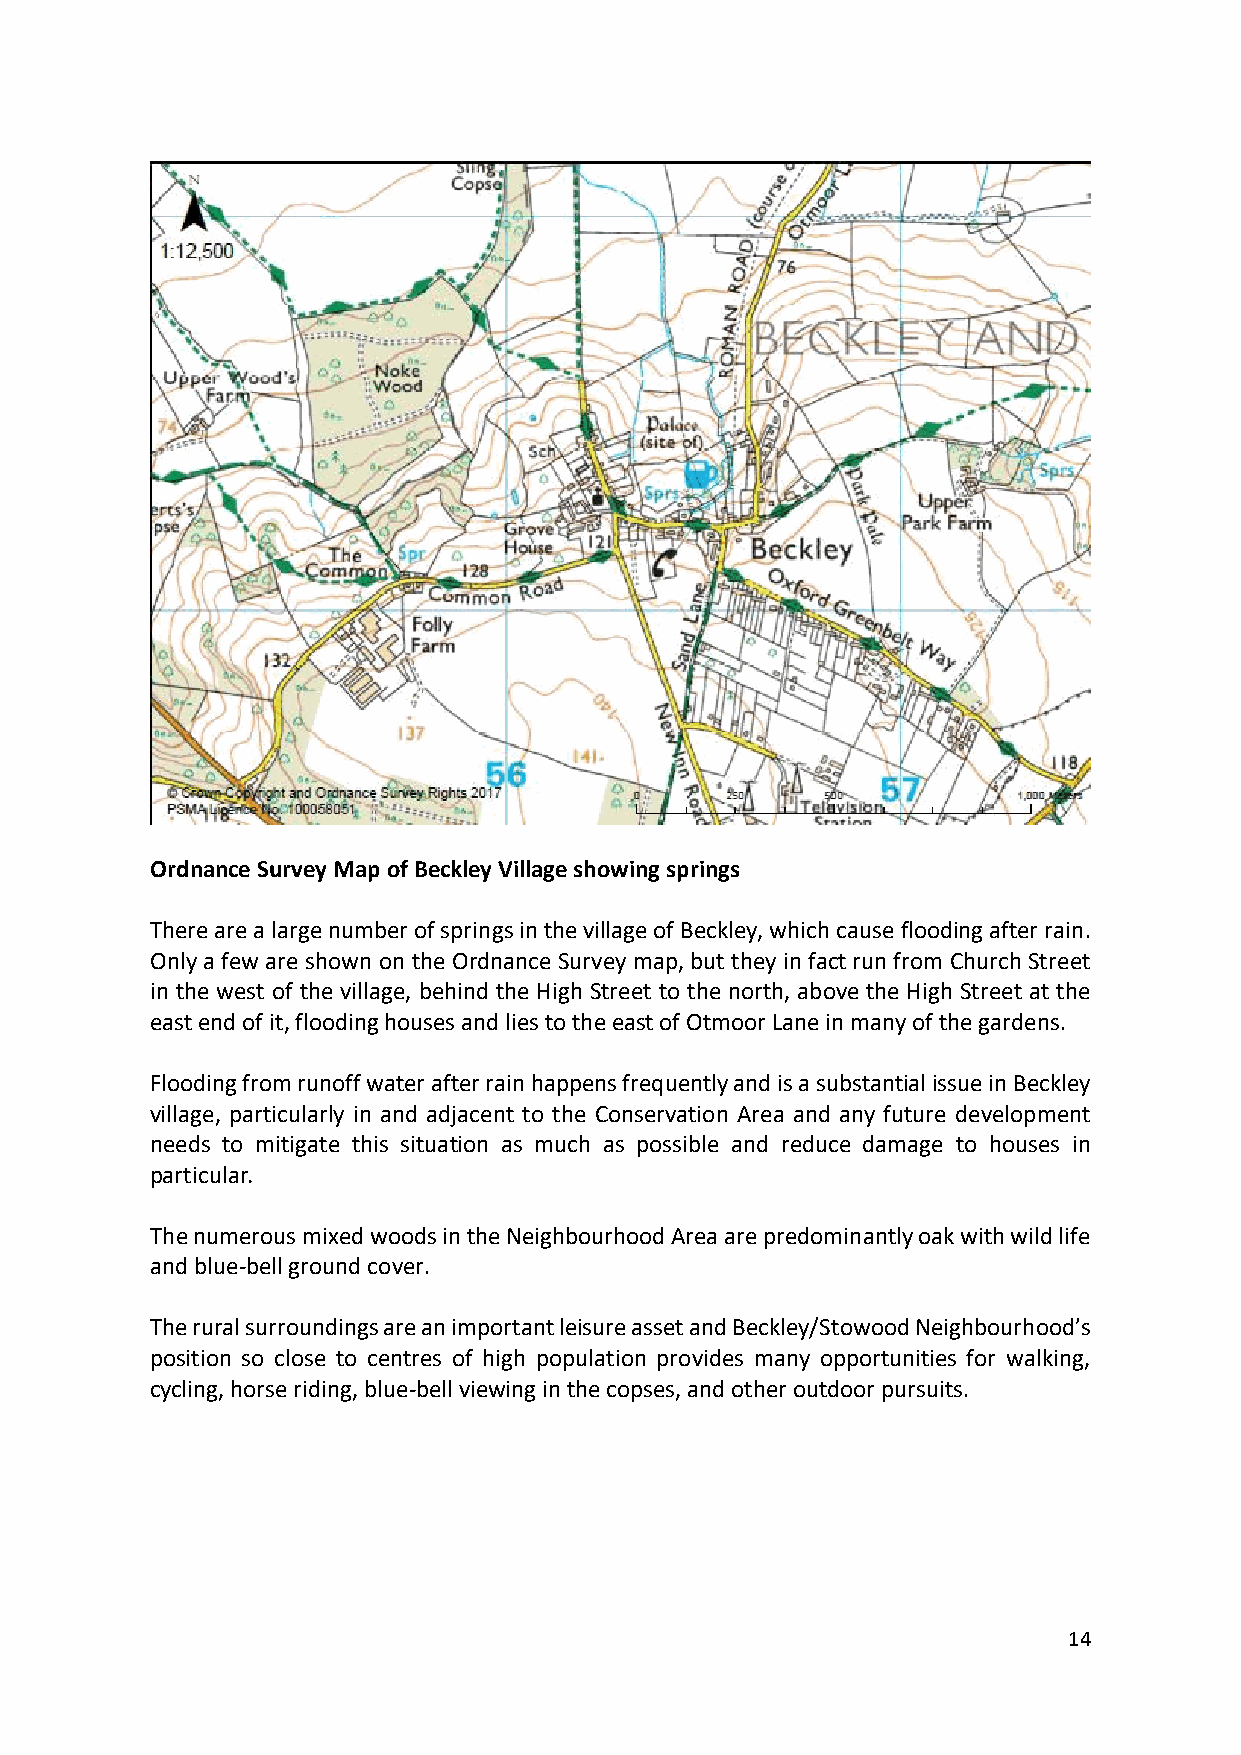
Ordnance Survey Map of Beckley Village showing springs
 There are a large number of springs in the village of Beckley, which cause flooding after rain.
 Only a few are shown on the Ordnance Survey map, but they in fact run from Church Street
 in the west of the village, behind the High Street to the north, above the High Street at the
 east end of it, flooding houses and lies to the east of Otmoor Lane in many of the gardens.
 Flooding from runoff water after rain happens frequently and is a substantial issue in Beckley
 village, particularly in and adjacent to the Conservation Area and any future development
 needs to mitigate this situation as much as possible and reduce damage to houses in
 particular.
 The numerous mixed woods in the Neighbourhood Area are predominantly oak with wild life
 and blue-bell ground cover.
 The rural surroundings are an important leisure asset and Beckley/Stowood Neighbourhood’s
 position so close to centres of high population provides many opportunities for walking,
 cycling, horse riding, blue-bell viewing in the copses, and other outdoor pursuits.
 14